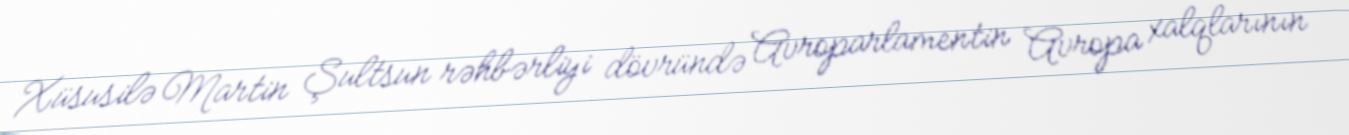
Xüsusilə Martin Şultsun rəhbərliyi dövründə Avroparlamentin Avropa xalqlarının